Report of the Municipal Commissioner on the plague in Bombay for the year ending 31st May... - Volume 1
Disease focus: Plague
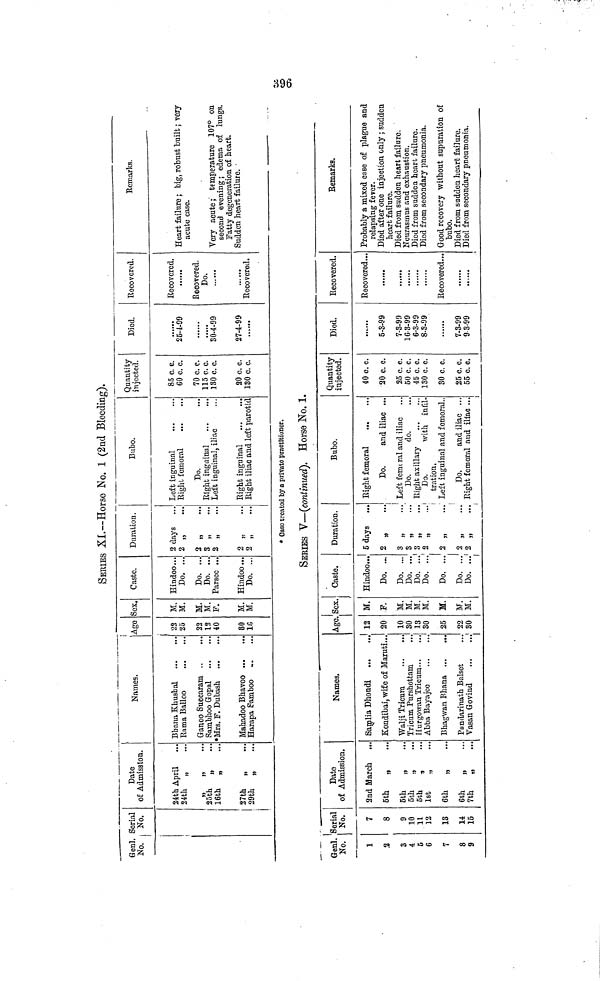
H96
SERIES XI.—ΗΟΓΒΟ JNo. l (2nd Bleeding).
_
· · ·
G onl.
No.
Serial
No.
Date
of Admission.
24th April
24th „
M
»
···
25th „
16th
„
27th „
29th „
Names.
Bbana Khusbal
Kama Balloo
Ganoo Succaram
Sambhoo Gopal
»Mrs. F. Dubash
Mahadoo Bhavoo
Harapa !?amboo ...
Ago
22
25
22
12
40
80
in
Sex.
M.
M.
M.
M.
F.
M.
M.
Caste.
Hindoo...
Do. ...
Do. ...
Do. ...
Par sec ...
Hindoo ...
Do. ...
Duration.
2 days
2 „
2 „
3 „
2 „
2 „
2 „
Bubo.
Left inguinal
Right femoral
Do.
Right inguinal
Leí t inguinal, iliac
Right inguinal
Right iliac and loft parotid
Quantity
injected.
85 c. c.
CO c. c.
70 c. c.
HOG. c.
ISO c. c.
20 c. c.
180 c. c.
Died.
25-4-99
.....
30-4-99
27-4-99
Recovered.
Recovered.
Recovered.
Do.
... ...
Recovered.
Remarks.
Heart failure ; big, robust built ; very
acute case.
Very acute; temperature 107° on
second evening ; edema of lungs.
Fatty degeneration of heart.
Sudden heart failure.
* Oaso treated by a private practitioner.
SERIES V—(continued'). Horse No. 1.
Geni.
No.
1
3
3
4
5
6
7
8
9
Serial
No.
7
8
9
10
11
12
13
14
15
Date
of Admission.
2nd March
5th
„
5th
„
5th
„
6th
,
1st
„
6th
„
6th
„
7th
„
...
Names.
Samlia Dhondi
""
Kondibai, wif e of Maruti...
Walji Tricum
Tricum. Purshottam
Ilurgowau Tricum
Abba Bayajce
Bhagwan Bhana
Pandarinath Balset
Vasan Govind
Age.
12
20
10
30
13
30
25
22
30
Sex.
M.
F.
M.
M.
M.
M.
M.
M.
M.
Caste.
Hindoo...
Do. ...
Do. ...
Do. ...
Do. ...
Do. ...
Do. ...
Do. ...
Do. ...
1
Duration.
5 days
....
2 „
3 „
...
3 „
3 „
2 „
2 „
2 „
2 „
Bubo.
Right femoral
Do.
and iliac ...
Left fcrtural and iliac
Do.
do.
Right axillary
Do.
with infil-
tration.
Left inguinal and femoral..
Do.
and iliac ...
Right femoral and iliac ...
Quantity
injected.
40 o.e.
20 c. c.
25 c. c.
50 c. c.
45 c. c.
130 c. c.
30 c. c.
25 c. c.
55 c. c.
Died.
5-3-99
7-3-99
16-3-99
6-3-99
8-3-99
7-3-99
9-3-99
Recovered.
Recovered...
Recovered...
Remarks.
Probably a mixed case of plague and
relapsing fever.
Died after one injection only ; sudden
heart failure.
Died from sudden heart failure.
Neurasmus and exhaustion.
Died from sudden heart failure.
Died from secondary pneumonia.
Good recovery without supuration of
bubo.
Died from sadden heart failure.
Died from secondary pneumonia.